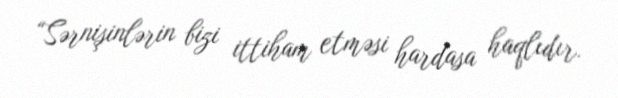
“Sərnişinlərin bizi ittiham etməsi hardasa haqlıdır.